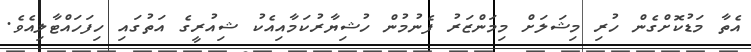
އެތާ މަޑުކޮށްގެން ހުރި މިޝަލަށް މިމަންޒަރު ފެނުމުން ހުޝިޔާރުކަމާއިއެކު ޝިއުރީގެ އަތުގައި ހިފަހައްޓާލިއެވެ.